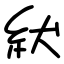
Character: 紎